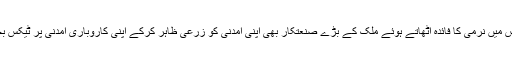
زرعی ٹیکس میں نرمی کا فائدہ اٹھاتے ہوئے ملک کے بڑے صنعتکار بھی اپنی آمدنی کو زرعی ظاہر کرکے اپنی کاروباری آمدنی پر ٹیکس بچارہے ہیں۔